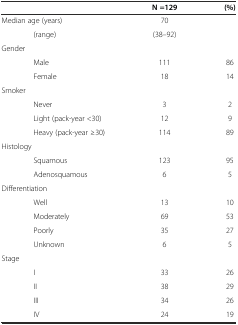
|  | N =129 | (%) |
 | --- | --- | --- |
 | Median age (years) | 70 |  |
 | (range) | (38–92) |  |
 | Gender |  |  |
 | Male | 111 | 86 |
 | Female | 18 | 14 |
 | Smoker |  |  |
 | Never | 3 | 2 |
 | Light (pack-year <30) | 12 | 9 |
 | Heavy (pack-year ≥30) | 114 | 89 |
 | Histology |  |  |
 | Squamous | 123 | 95 |
 | Adenosquamous | 6 | 5 |
 | Differentiation |  |  |
 | Well | 13 | 10 |
 | Moderately | 69 | 53 |
 | Poorly | 35 | 27 |
 | Unknown | 6 | 5 |
 | Stage |  |  |
 | I | 33 | 26 |
 | II | 38 | 29 |
 | III | 34 | 26 |
 | IV | 24 | 19 |